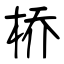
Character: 桥